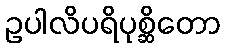
ဥပါလိပရိပုစ္ဆိတော